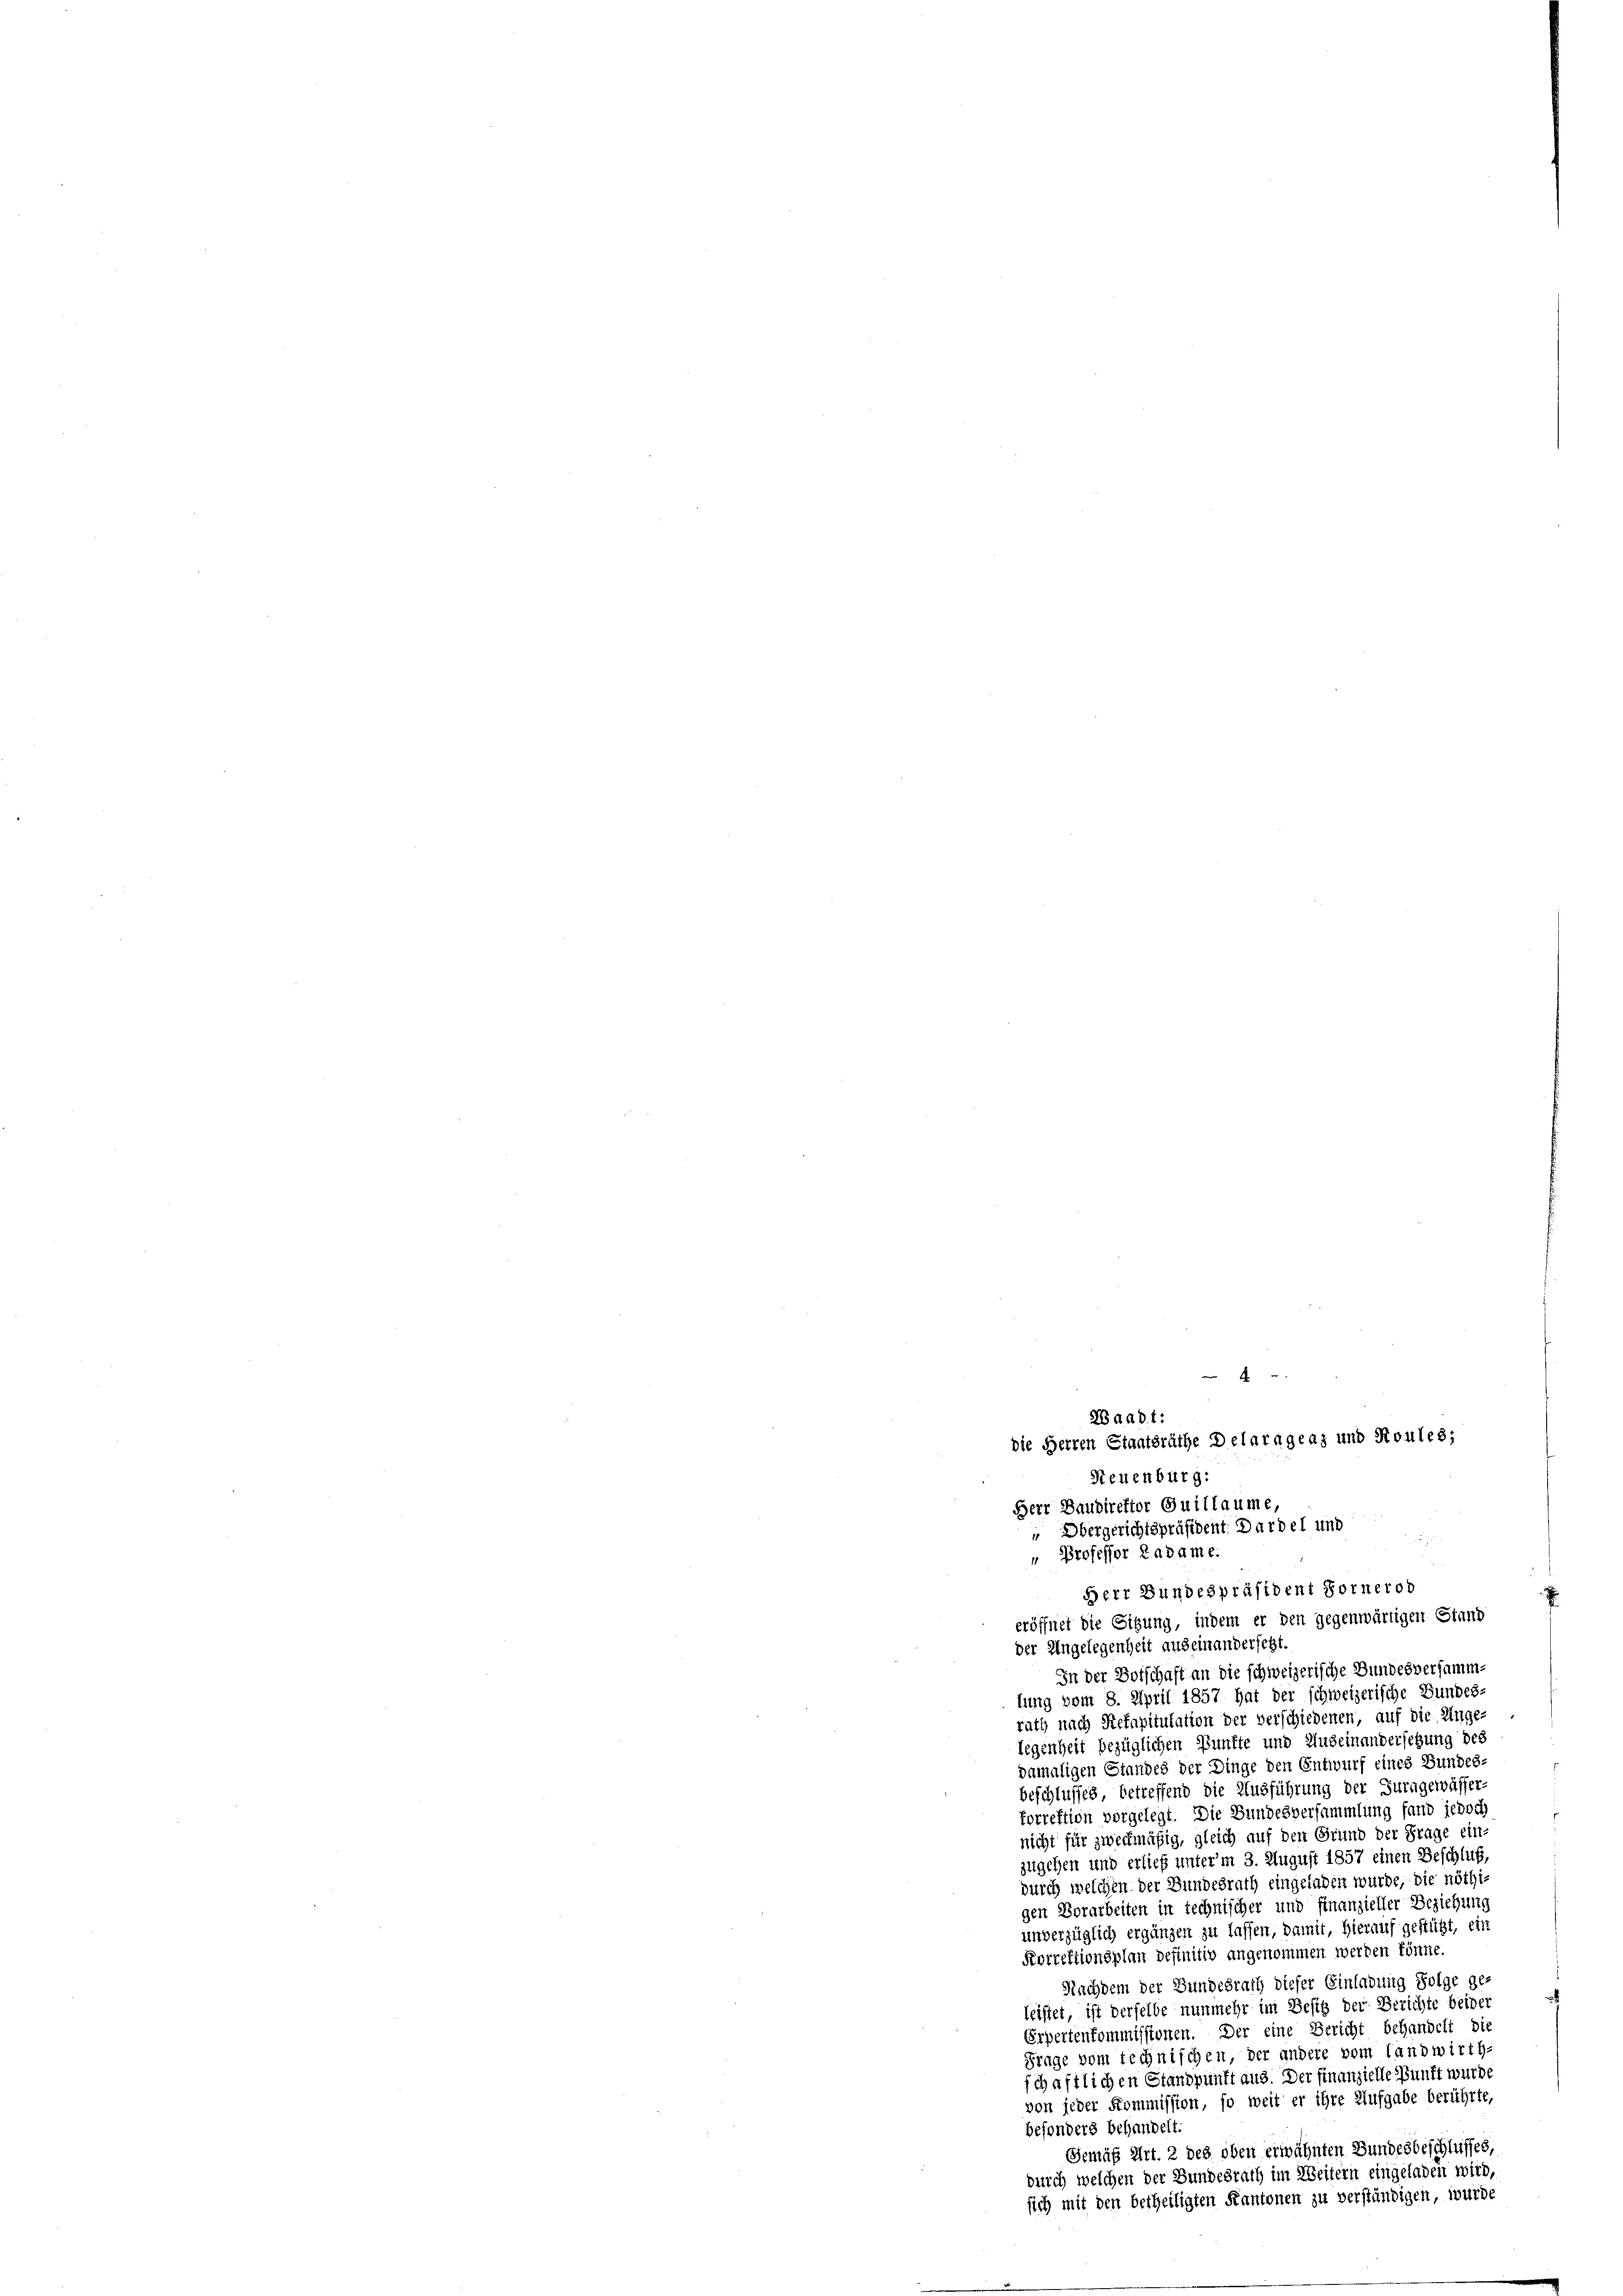
" Professor Radame.
7
eröffnet die Sitzung, indem er den gegenwärtigen Stand
der Angelegenheit aus einandersetzt.
In der Botschaft an die schweizerische Bundesversammlung vom 8. April 1857 hat der schweizerische Bundes.
rath nach Rekapitulation der verschiedenen, auf die Unge-
legenheit bezüglichen Punkte und Auseinandersetzung des
pamaligen Standes der Dinge den Entwurf eines Bundes.
beschlusses betreffend die Ausführung der Turngewässer
torrektion vorgelegt. Die Bundesversammlung fand jedoch
nicht für zweckmäßig, gleich auf den Grund der Frage ein-
zugehen und erlief unter’m 3. August 1857 einen Beschluß,
durch welchen der Bundesrath eingeladen wurde, die nöthigen Vorarbeiten in technischer und finanzieller Beziehung
unverzüglich ergänzen zu lassen, damit, hierauf gestüzt, ein
Korrektionsplan definitiv angenommen werden könne.
Nachdem der Bundesrath dieser Einladung Folge ge-
leistet, ist derselbe nunmehr im Besitz der Berichte beider
Erpertenkommissionen. Der eine Bericht behandelt die
Frage vom Technischen, der andere vom Landwirth-
schaftlichen Standpunkt aus. Der finanzielle Bunft wurde
von jeder Kommission, so weit er ihre Aufgabe berührte,
besonders behandelt.
Gemäß Art. 2 des oben erwähnten Bundesbeschlusses,
durch welchen der Bundesrath im Weitern eingeladen wird,
sich mit den betheiligten Kantonen zu verständigen, wurde

Waadt:
die Herren Staatsräthe Delaragraz und Roules;
Neuenburg:
Herr Baudirektor Guillaume,
 Obergerichtspräsident: Dardel und
Herr Bundespräsident Fornerob